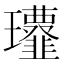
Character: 𩐔